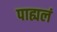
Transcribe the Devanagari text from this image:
पाह्यलं